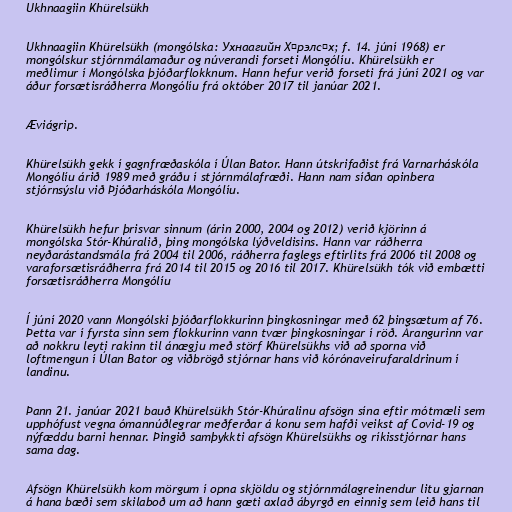
Ukhnaagiin Khürelsükh

Ukhnaagiin Khürelsükh (mongólska: Ухнаагийн Хүрэлсүх; f. 14. júní 1968) er
mongólskur stjórnmálamaður og núverandi forseti Mongólíu. Khürelsükh er
meðlimur í Mongólska þjóðarflokknum. Hann hefur verið forseti frá júní 2021 og var
áður forsætisráðherra Mongólíu frá október 2017 til janúar 2021.

Æviágrip.

Khürelsükh gekk í gagnfræðaskóla í Úlan Bator. Hann útskrifaðist frá Varnarháskóla
Mongólíu árið 1989 með gráðu í stjórnmálafræði. Hann nam síðan opinbera
stjórnsýslu við Þjóðarháskóla Mongólíu.

Khürelsükh hefur þrisvar sinnum (árin 2000, 2004 og 2012) verið kjörinn á
mongólska Stór-Khúralið, þing mongólska lýðveldisins. Hann var ráðherra
neyðarástandsmála frá 2004 til 2006, ráðherra faglegs eftirlits frá 2006 til 2008 og
varaforsætisráðherra frá 2014 til 2015 og 2016 til 2017. Khürelsükh tók við embætti
forsætisráðherra Mongólíu

Í júní 2020 vann Mongólski þjóðarflokkurinn þingkosningar með 62 þingsætum af 76.
Þetta var í fyrsta sinn sem flokkurinn vann tvær þingkosningar í röð. Árangurinn var
að nokkru leyti rakinn til ánægju með störf Khürelsükhs við að sporna við
loftmengun í Úlan Bator og viðbrögð stjórnar hans við kórónaveirufaraldrinum í
landinu.

Þann 21. janúar 2021 bauð Khürelsükh Stór-Khúralinu afsögn sína eftir mótmæli sem
upphófust vegna ómannúðlegrar meðferðar á konu sem hafði veikst af Covid-19 og
nýfæddu barni hennar. Þingið samþykkti afsögn Khürelsükhs og ríkisstjórnar hans
sama dag.

Afsögn Khürelsükh kom mörgum í opna skjöldu og stjórnmálagreinendur litu gjarnan
á hana bæði sem skilaboð um að hann gæti axlað ábyrgð en einnig sem leið hans til